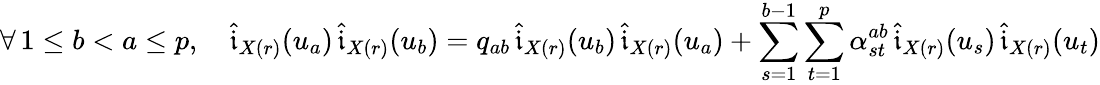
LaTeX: \forall\, 1\leq b<a\leq p,\quad\widehat{\mathfrak{i}}_{X(r)}(u_{a})\, \widehat{\mathfrak{i}}_{X(r)}(u_{b})=q_{ab}\, \widehat{\mathfrak{i}}_{X(r)}(u_{b})\, \widehat{\mathfrak{i}}_{X(r)}(u_{a})+\sum_{s=1}^{b-1}\sum_{t=1}^{p}\alpha_{st}^{ab}\, \widehat{\mathfrak{i}}_{X(r)}(u_{s})\, \widehat{\mathfrak{i}}_{X(r)}(u_{t})